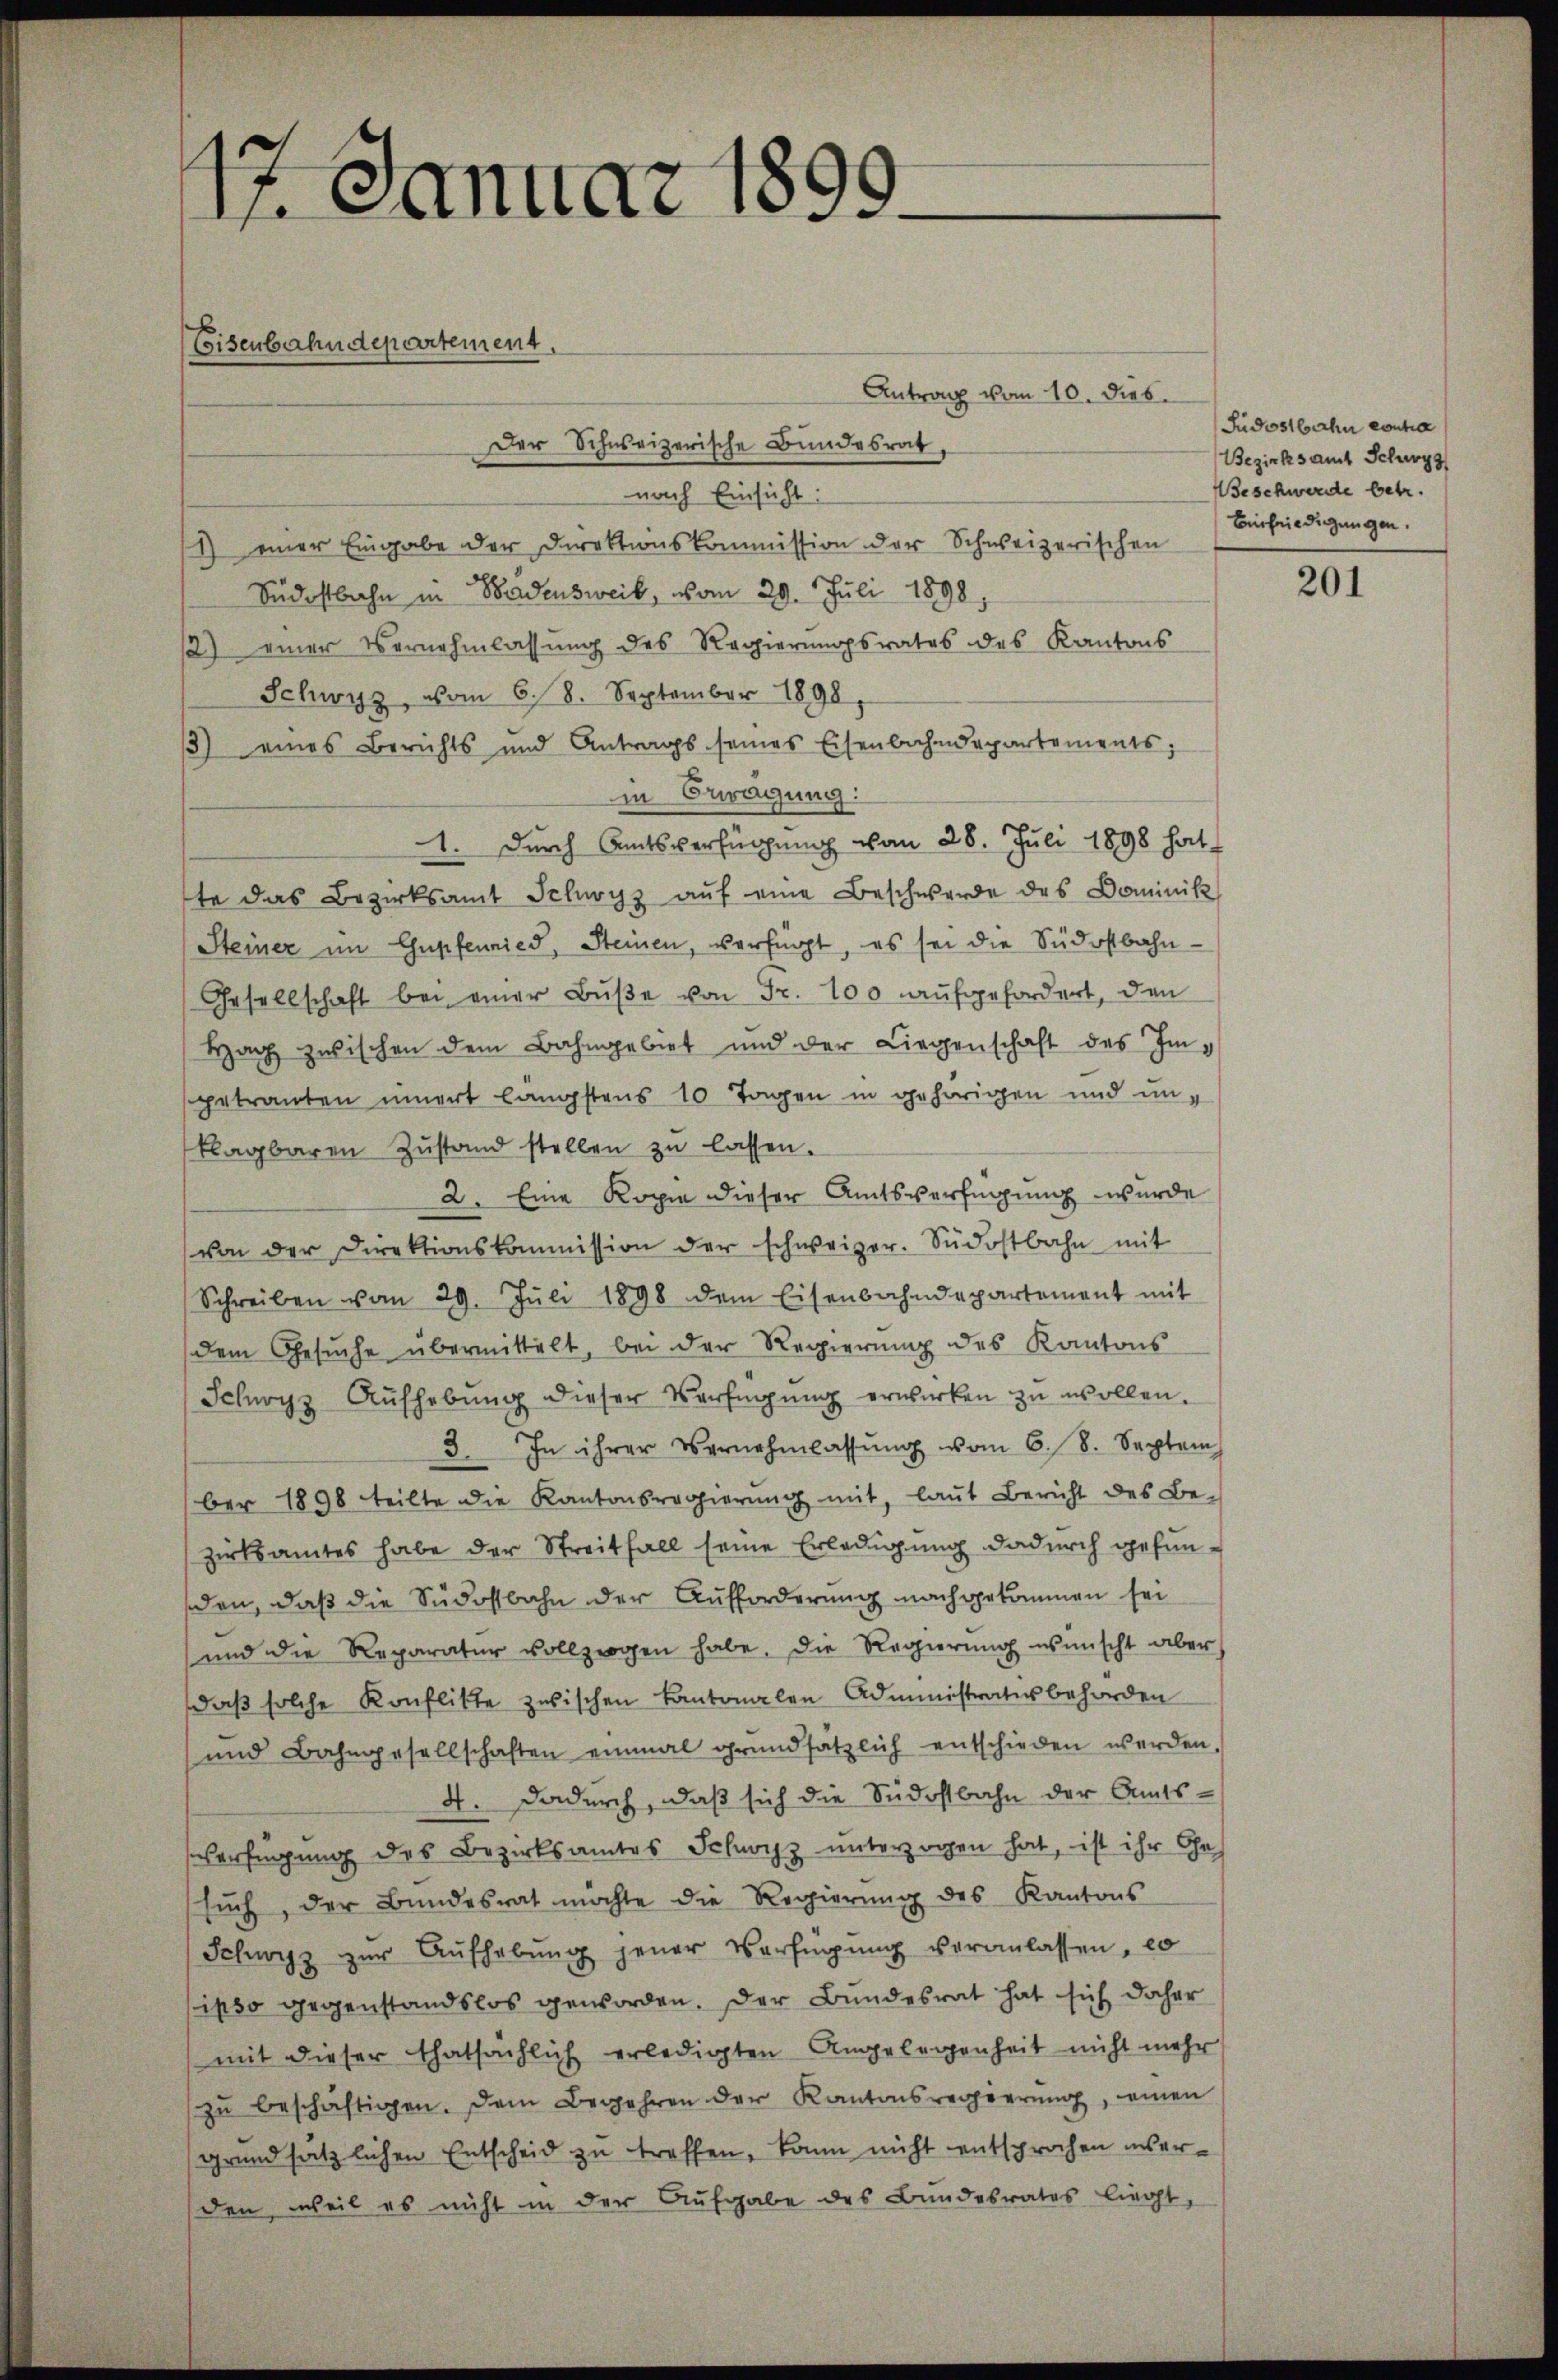
17. Januar 1899

Eisenbahndepartement

Antrag vom 10. Dieb
Der Schweizerische Bundesrat,
nach Einsicht
1) einer Eingabe der Direktionskommission der Schweizerischen
Südostbahn in Baadensweil, vom 29. Juli 1898
2) einer Vernehmlassŭng des Regierŭngsrates des Kantons
Schwyz, vom 6./8. September 1898
3) eines Berichts und Antrags seines Eisenbahndepartements;
in Beragung:
1. Durch Amtsverfügŭng vom 28. Juli 1898 hat
te das Bezirksamt Schwyz aŭf eine Beschwerde des Dominik
Steiner im Gupfennies, Steinen, verfügt, es sei die Südostbahn-
Gesellschaft bei einer Bŭβe von Fr. 100 aufgefordert, den
Hach zwischen dem Bahngebiet und der Liegenschaft des Imsgetrauten inert längstens 10 Tagen in gehörigen und unklagbaren Zŭstand stellen zŭ lassen.
2. Eine Kopie dieser Amtsverfügung wurde
von der Direktionskommission der schweizer. Südostbahn mit
Schreiben vom 29. Jŭli 1898 dem Eisenbahndepartement mit
dem Gesŭche übermittelt, bei der Regierŭng des Kantons
Schwyz Aŭfhebŭng dieser Verfügŭng erwirken zu wollen.
3. In ihrer Vernehmlassŭng vom 6. 8. Septem
ber 1898 teilte die Kantonsregierung mit, laut Bericht des Be-
zirksamtes habe der Streitfall seine Erledigung dadurch gefun-
den, daß die Südostbahn der Aufforderung nachgekommen sei
und die Reparatur vollzogen habe. Die Regierŭng wünscht aber
daβ solche Konflikte zwischen Kantonalen Administratur behörden
und Bahngesellschaften einmal grundsätzlich entschieden werden.
4. Dadurch, daß sich die Südostbahn der Amts¬
Verfügung des Bezirksamtes Schwyz unterzogen hat, ist ihr Ge-
sŭch, der Bŭndesrat möchte die Regierŭng des Kantons
Schwyz zŭr Aŭfhebŭng jener Verfügŭng veranlassen, co
ipso gegenstandslos geworden. Der Bundesrat hat sich daher
mit dieser thatsächlich erledigten Angelegenheit nicht mehr
zŭ beschäftigen. Dem Begehren der Kantonsregierŭng, einen
grundsätzlichen Entscheid zu treffen, kann nicht entsprochen unserden, weil es nicht in der Aufgabe des Bundesrates liegt,

Judostbahn contra
Bezirksamt Schurg
Beschwerde betr.
Einfriedigungen.

201